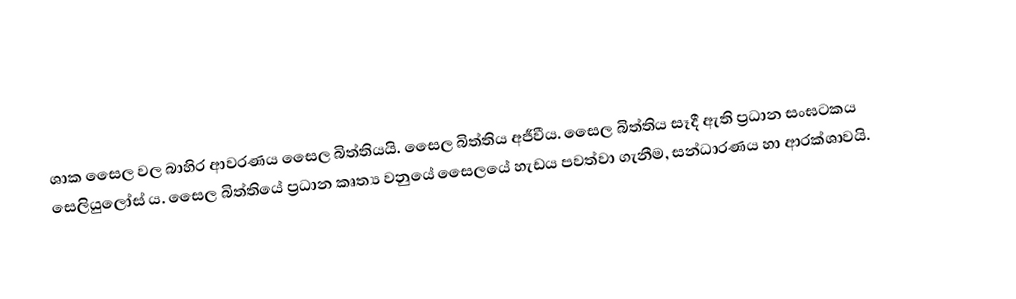
ශාක සෛල වල බාහිර ආවරණය සෛල බිත්තියයි. සෛල බිත්තිය අජීවීය. සෛල බිත්තිය සෑදී ඇති ප්‍රධාන සංඝටකය සෙලියුලෝස් ය. සෛල බිත්තියේ ප්‍රධාන කෘත්‍ය වනුයේ සෛලයේ හැඩය පවත්වා ගැනීම, සන්ධාරණය හා ආරක්ශාවයි.